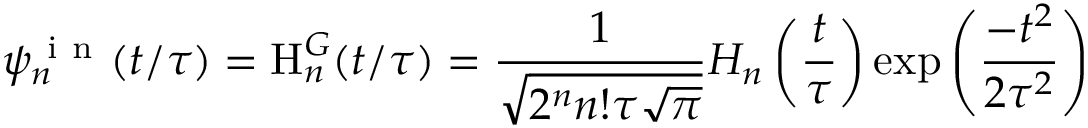
\psi _ { n } ^ { \mathrm { ~ i ~ n ~ } } ( t / \tau ) = \mathrm { H } _ { n } ^ { G } ( t / \tau ) = \frac { 1 } { \sqrt { 2 ^ { n } n ! \tau \sqrt { \pi } } } H _ { n } \left( \frac { t } { \tau } \right) \exp \left( \frac { - t ^ { 2 } } { 2 \tau ^ { 2 } } \right)